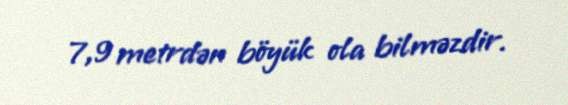
7,9 metrdən böyük ola bilməzdir.